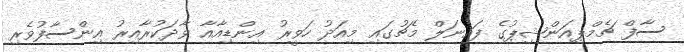
ސާފް ޗެމްޕިއަންޝިޕުގެ ފައިނަލް މެޗުގައި މިއަދު ހަވީރު އިންޑިއާއާ ވާދަކުރާއިރު އިންސާފުވެރި